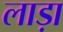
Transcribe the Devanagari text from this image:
लाड़ा